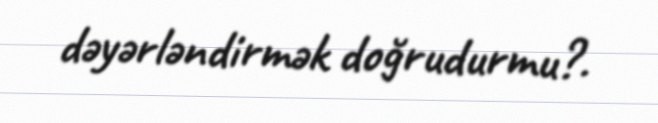
dəyərləndirmək doğrudurmu?.